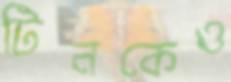
টিনকেও